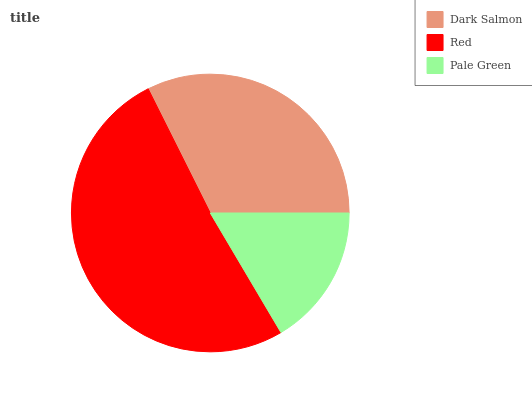
| Dark Salmon | Red | Pale Green |
 | --- | --- | --- |
 | 32.3% | 51.1% | 16.6% |